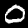
Label: 0